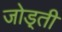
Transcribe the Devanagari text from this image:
जोड़्ती